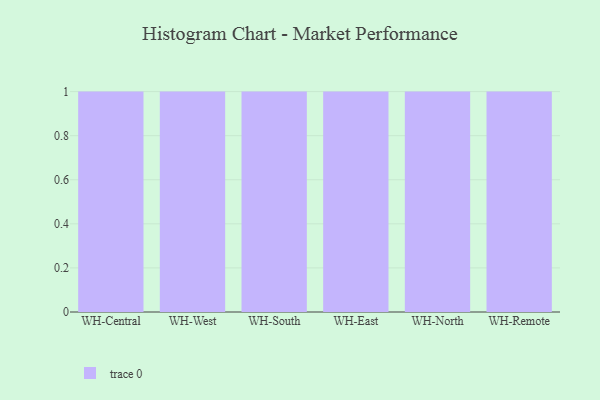
{"axis": {"x": "Warehouse", "y": "Population (Million)"}, "legend": [""], "data": [{"x": "WH-Central", "y": 91, "type": ""}, {"x": "WH-West", "y": 54, "type": ""}, {"x": "WH-South", "y": 30, "type": ""}, {"x": "WH-East", "y": 44, "type": ""}, {"x": "WH-North", "y": 60, "type": ""}, {"x": "WH-Remote", "y": 100, "type": ""}]}